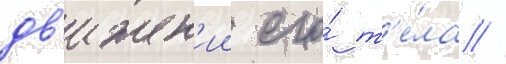
дв'ижен'ии его́ т'е́ла //